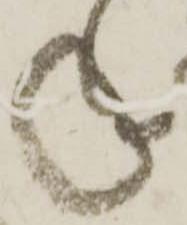
年